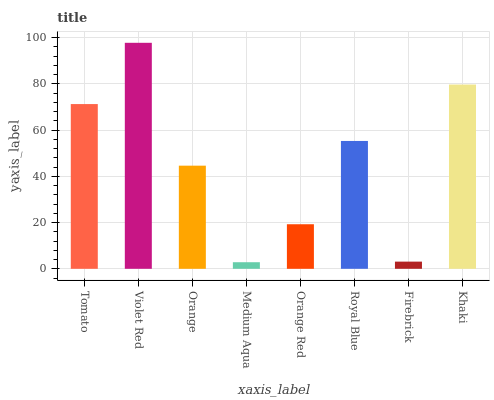
| xaxis_label | bars |
 | --- | --- |
 | Tomato | 71.3 |
 | Violet Red | 97.8 |
 | Orange | 44.6 |
 | Medium Aqua | 2.85 |
 | Orange Red | 19.3 |
 | Royal Blue | 55.3 |
 | Firebrick | 3.11 |
 | Khaki | 79.8 |